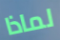
لماذا